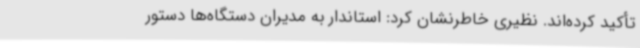
تأکید کرده‌اند. نظیری خاطرنشان کرد: استاندار به مدیران دستگاه‌ها دستور